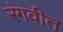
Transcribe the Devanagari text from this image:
रंगवीत